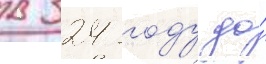
в 324 году до́